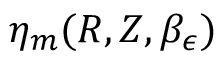
\eta _ { m } ( R , Z , \beta _ { \epsilon } )